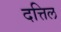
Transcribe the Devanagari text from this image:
दत्तिल